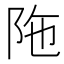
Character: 陁